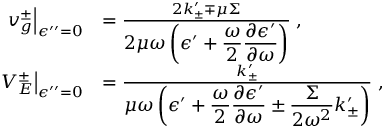
\begin{array} { r l } { \left. v _ { g } ^ { \pm } \right| _ { \epsilon ^ { \prime \prime } = 0 } } & { = \frac { 2 k _ { \pm } ^ { \prime } \mp \mu \Sigma } { \displaystyle { 2 \mu \omega } \left( \epsilon ^ { \prime } + \frac { \omega } { 2 } \frac { \partial \epsilon ^ { \prime } } { \partial \omega } \right) } \; , } \\ { \left. V _ { E } ^ { \pm } \right| _ { \epsilon ^ { \prime \prime } = 0 } } & { = \frac { k _ { \pm } ^ { \prime } } { \displaystyle \mu \omega \left( \epsilon ^ { \prime } + \frac { \omega } { 2 } \frac { \partial \epsilon ^ { \prime } } { \partial \omega } \pm \frac { \Sigma } { 2 \omega ^ { 2 } } k _ { \pm } ^ { \prime } \right) } \; , } \end{array}